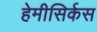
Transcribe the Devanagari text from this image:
हेमीसिर्कस